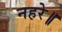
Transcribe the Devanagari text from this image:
नहरे॥